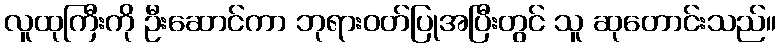
လူထုကြီးကို ဦးဆောင်ကာ ဘုရားဝတ်ပြုအပြီးတွင် သူ ဆုတောင်းသည်။